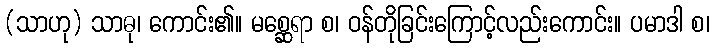
(သာဟု) သာဓု၊ ကောင်း၏။ မစ္ဆေရာ စ၊ ဝန်တိုခြင်းကြောင့်လည်းကောင်း။ ပမာဒါ စ၊